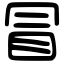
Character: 冒